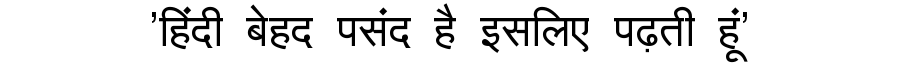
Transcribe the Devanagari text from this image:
'हिंदी बेहद पसंद है इसलिए पढ़ती हूं'